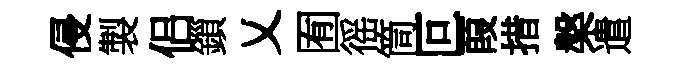
侵製侣鎻乂囿徭筒叵葭措槃遣